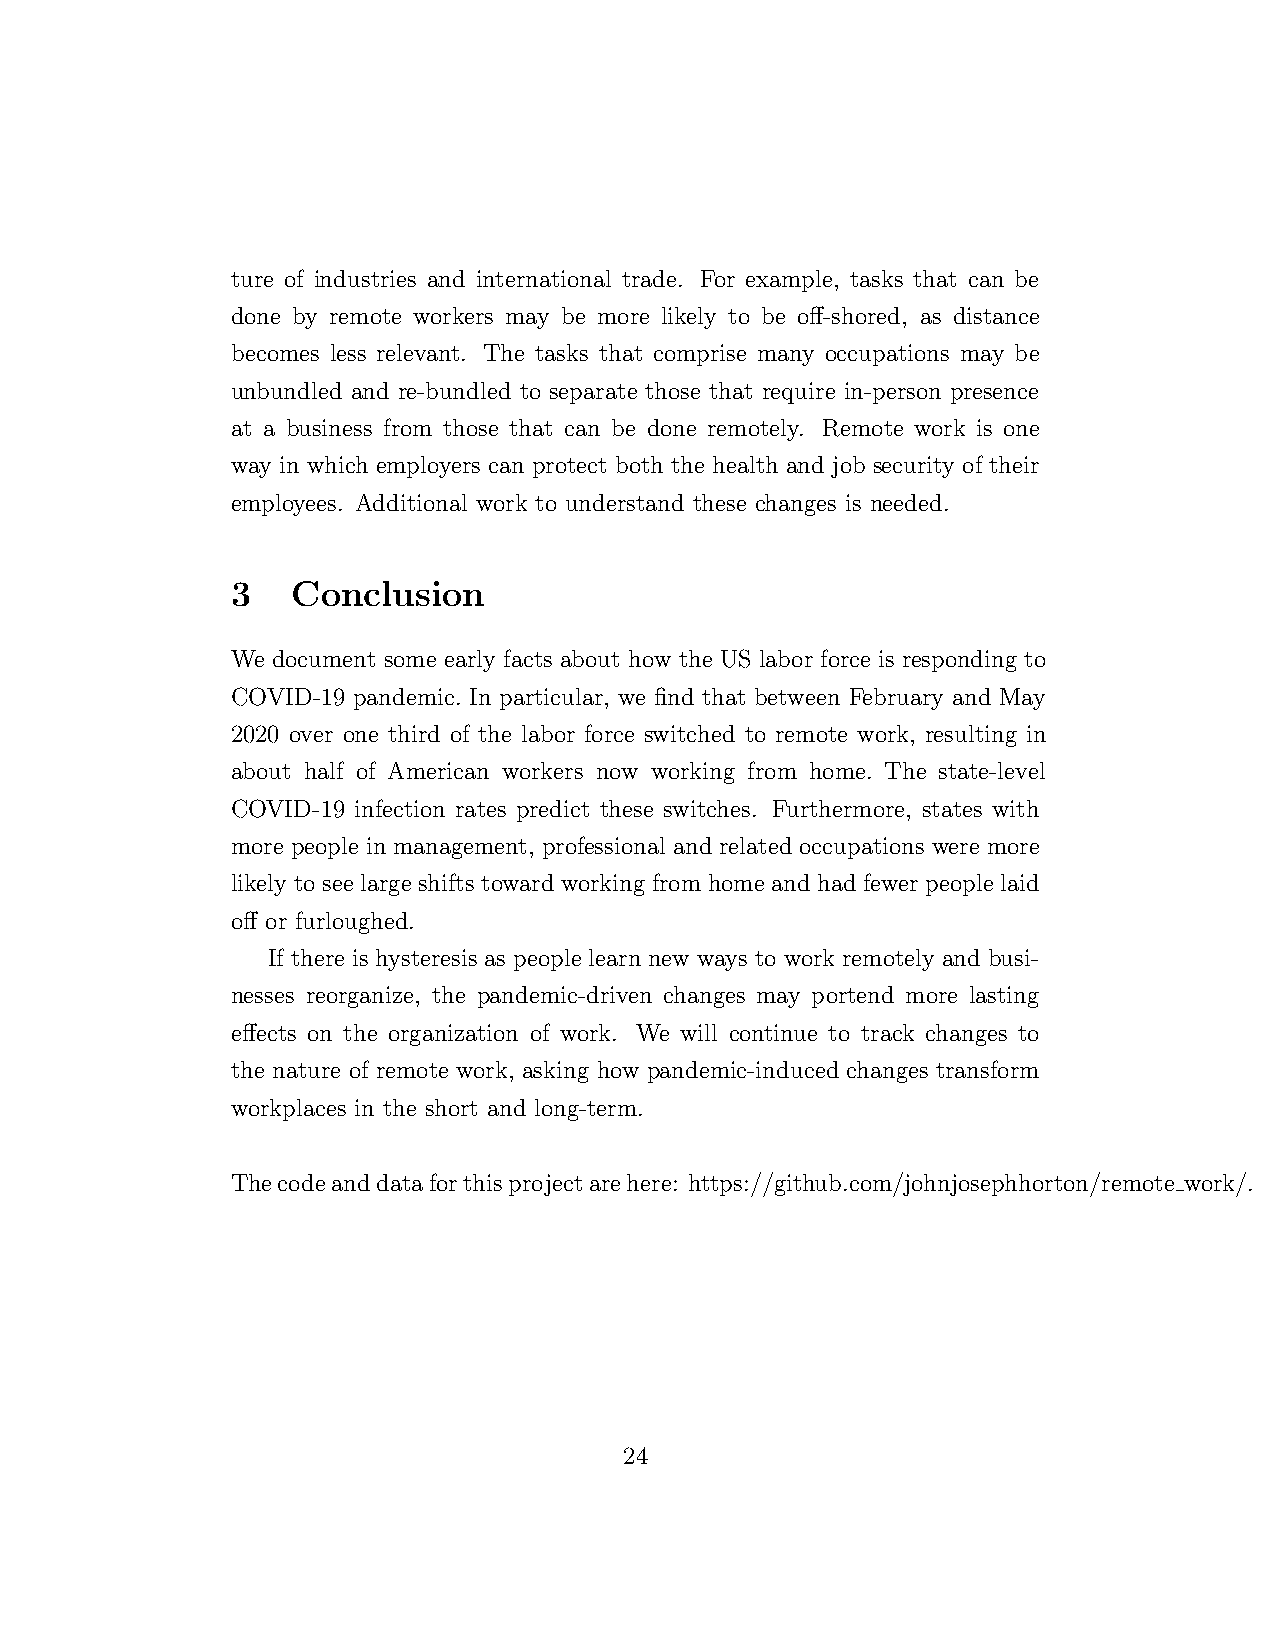
ture of industries and international trade. For example, tasks that can be
 done by remote workers may be more likely to be off-shored, as distance
 becomes less relevant. The tasks that comprise many occupations may be
 unbundled and re-bundled to separate those that require in-person presence
 at a business from those that can be done remotely. Remote work is one
 way in which employers can protect both the health and job security of their
 employees. Additional work to understand these changes is needed.
 3   Conclusion
 We document some early facts about how the US labor force is responding to
 COVID-19 pandemic. In particular, we find that between February and May
 2020 over one third of the labor force switched to remote work, resulting in
 about half of American workers now working from home. The state-level
 COVID-19 infection rates predict these switches. Furthermore, states with
 more people in management, professional and related occupations were more
 likely to see large shifts toward working from home and had fewer people laid
 off or furloughed.
 If there is hysteresis as people learn new ways to work remotely and busi-
 nesses reorganize, the pandemic-driven changes may portend more lasting
 effects on the organization of work. We will continue to track changes to
 the nature of remote work, asking how pandemic-induced changes transform
 workplaces in the short and long-term.
 Thecodeanddataforthisprojectarehere: https://github.com/johnjosephhorton/remote work/.
 24